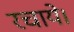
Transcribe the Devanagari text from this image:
रचाये।